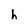
Character: h